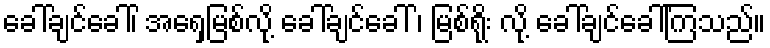
ခေါ်ချင်ခေါ်၊ အရှေ့မြစ်လို့ ခေါ်ချင်ခေါ် ၊ မြစ်ရိုး လို့ ခေါ်ချင်ခေါ်ကြသည်။